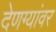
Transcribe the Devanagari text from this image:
देणग्यांवर